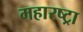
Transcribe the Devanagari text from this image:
महारष्ट्रा